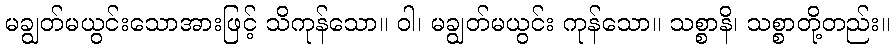
မချွတ်မယွင်းသောအားဖြင့် သိကုန်သော။ ဝါ၊ မချွတ်မယွင်း ကုန်သော။ သစ္စာနိ၊ သစ္စာတို့တည်း။